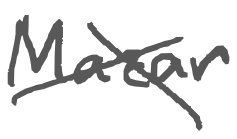
Text: Mazar
Cross-out: cross
Writing tool: digital_gray